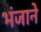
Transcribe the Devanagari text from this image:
भंजाने